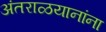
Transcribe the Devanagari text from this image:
अंतराळयानांना